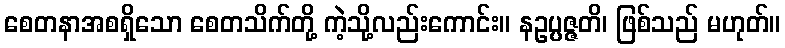
စေတနာအစရှိသော စေတသိက်တို့ ကဲ့သို့လည်းကောင်း။ နဥပ္ပဇ္ဇတိ၊ ဖြစ်သည် မဟုတ်။